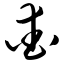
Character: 爱